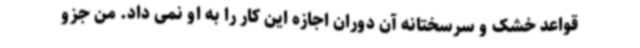
قواعد خشک و سرسختانه آن دوران اجازه این کار را به او نمی داد. من جزو